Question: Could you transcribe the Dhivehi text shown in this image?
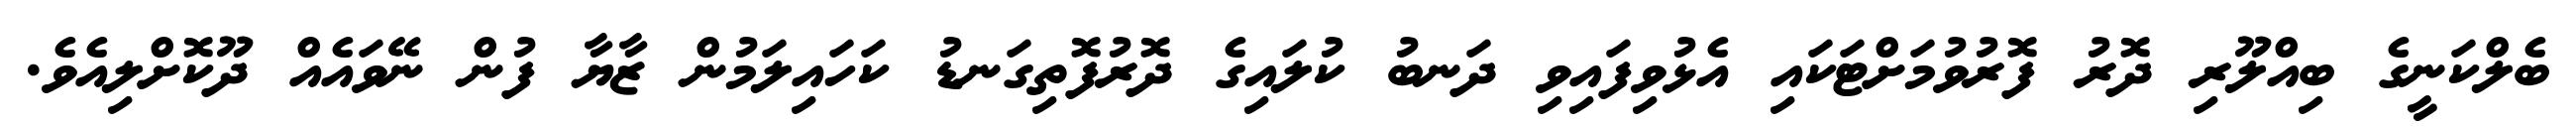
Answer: ބެލްކަނީގެ ބިއްލޫރި ދޮރު ފޮރުވުމަށްޓަކައި އެޅުވިފައިވި ދަނބު ކުލައިގެ ދޮރުފޮތިގަނޑު ކަހައިލަމުން ޒާޔާ ފުން ނޭވައެއް ދޫކޮށްލިއެވެ.